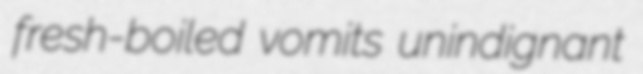
fresh-boiled vomits unindignant